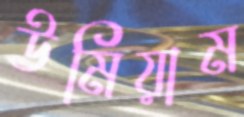
উমিয়াম